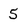
Character: 5